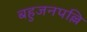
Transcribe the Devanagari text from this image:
बहुजनपल्लि